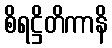
စိရဋ္ဌိတိကာနိ